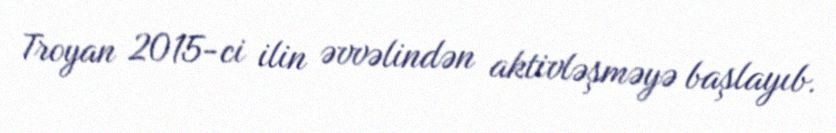
Troyan 2015-ci ilin əvvəlindən aktivləşməyə başlayıb.